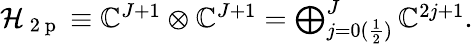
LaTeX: \begin{array}{r}{\mathcal{H}_{\mathrm{~2~p~}}\equiv\mathbb{C}^{J+1}\otimes\mathbb{C}^{J+1}=\bigoplus_{j=0(\frac{1}{2})}^{J}\mathbb{C}^{2j+1}.}\end{array}